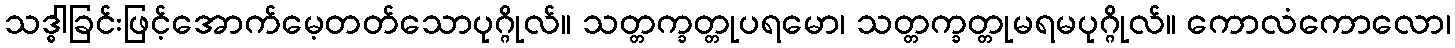
သဒ္ဓါခြင်းဖြင့်အောက်မေ့တတ်သောပုဂ္ဂိုလ်။ သတ္တက္ခတ္တုပရမော၊ သတ္တက္ခတ္တုမရမပုဂ္ဂိုလ်။ ကောလံကောလော၊